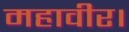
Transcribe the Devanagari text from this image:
महावीर।